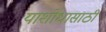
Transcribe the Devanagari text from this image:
याशोधासाठी